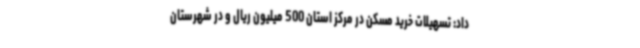
داد: تسهیلات خرید مسکن در مرکز استان 500 میلیون ریال و در شهرستان